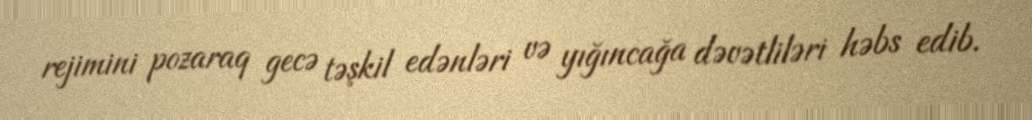
rejimini pozaraq gecə təşkil edənləri və yığıncağa dəvətliləri həbs edib.